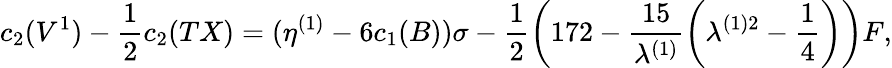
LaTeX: c_{2}(V^{1})-\frac{1}{2}c_{2}(TX)=(\eta^{(1)}-6c_{1}(B))\sigma-\frac{1}{2}\left(172-\frac{15}{\lambda^{(1)}}\left(\lambda^{(1)2}-\frac{1}{4}\right)\right)F,